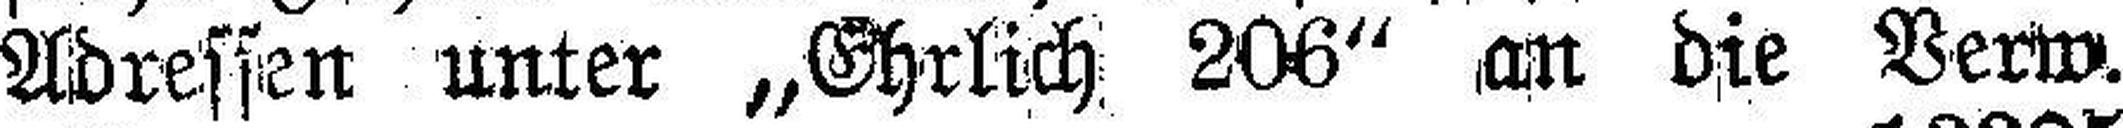
Adressen unter „Ehrlich 206“ an die Verw.